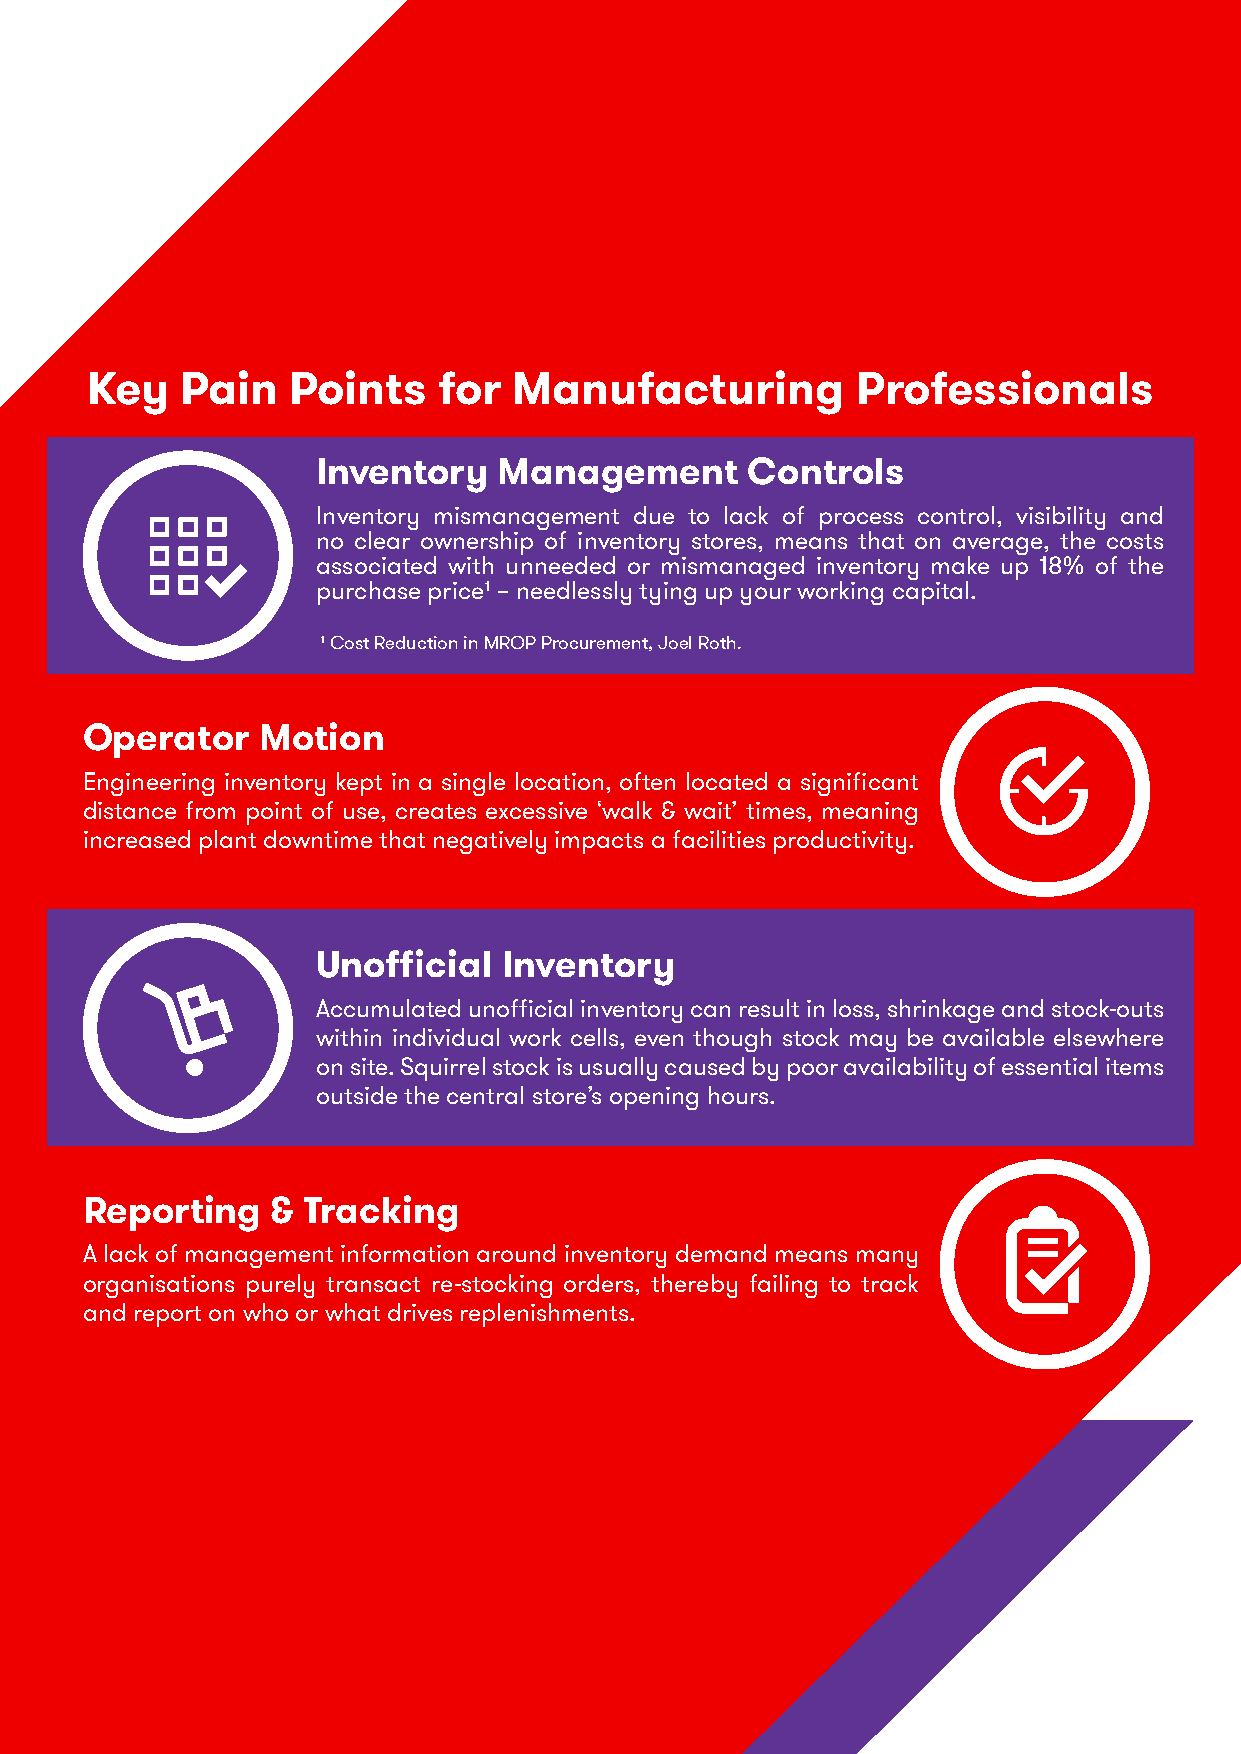
Key   Pain   Points    for  Manufacturing          Professionals
 Inventory   Management      Controls
 Inventory mismanagement due to lack of process control, visibility and
 no clear ownership of inventory stores, means that on average, the costs
 associated with unneeded or mismanaged inventory make up 18% of the
 purchase price¹ – needlessly tying up your working capital.
 ¹ Cost Reduction in MROP Procurement, Joel Roth.
 Operator    Motion
 Engineering inventory kept in a single location, often located a significant
 distance from point of use, creates excessive ‘walk & wait’ times, meaning
 increased plant downtime that negatively impacts a facilities productivity.
 Unofficial  Inventory
 Accumulated unofficial inventory can result in loss, shrinkage and stock-outs
 within individual work cells, even though stock may be available elsewhere
 on site. Squirrel stock is usually caused by poor availability of essential items
 outside the central store’s opening hours.
 Reporting    & Tracking
 A lack of management information around inventory demand means many
 organisations purely transact re-stocking orders, thereby failing to track
 and report on who or what drives replenishments.